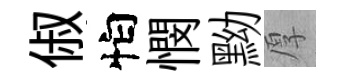
俶怕憫黝厚